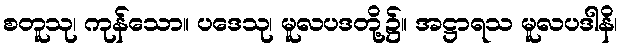
စတူသု၊ ကုန်သော။ ပဒေသု၊ မူလပဒတို့၌။ အဋ္ဌာရသ မူလပဒါနိ၊